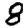
Digit: 8